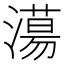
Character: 𣿴